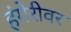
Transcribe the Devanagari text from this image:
हंगेरीवर